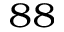
^ { 8 8 }